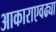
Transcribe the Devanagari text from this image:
आकाराएवढ्या